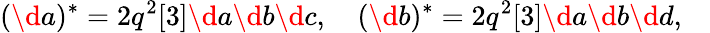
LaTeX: (\d a)^{*}=2q^{2}[3]\d a\d b\d c,\quad(\d b)^{*}=2q^{2}[3]\d a\d b\d d,\quad